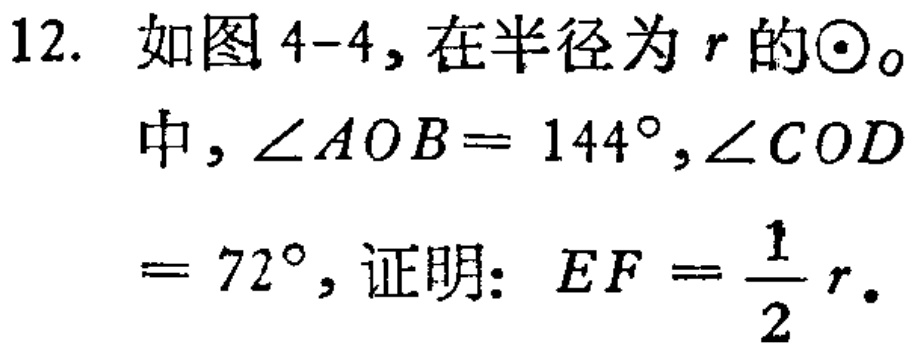
12. 如图4-4, 在半径为\(r\)的\(\odot_{O}\)中, \(\angle AOB = 144^{\circ},\angle COD = 72^{\circ}\), 证明：\(EF=\frac{1}{2}r\).